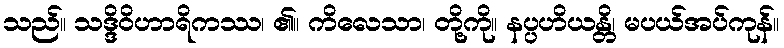
သည်။ သဒ္ဒိဝိဟာရိကဿ၊ ၏။ ကိလေသာ၊ တို့ကို။ နပ္ပဟိယန္တိ၊ မပယ်အပ်ကုန်။